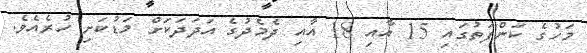
މަހުގެ ކަންފަތުގައި 15 އާއި 18 އާއި ދެމެދުގެ އަދަދަކަށް މަޑުކަށި ހުރެއެވެ.